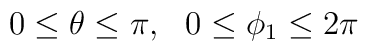
0 \leq \theta \leq \pi,\ \ 0 \leq \phi_1 \leq 2\pi